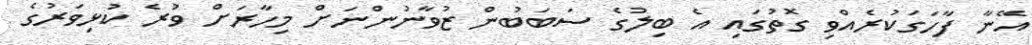
އޭނާ ފާހަގަކުރެއްވި ގޮތުގައި އެ ބިލުގެ ސަބަބުން ޒުވާނުންނަށް މިހާރަށް ވުރެ ކުޅިވަރުގެ